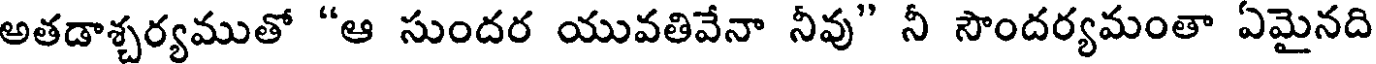
అతడాశ్చర్యముతో "ఆ సుందర యువతివేనా నీవు" నీ సౌందర్యమంతా ఏమైనది